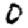
Digit: 0